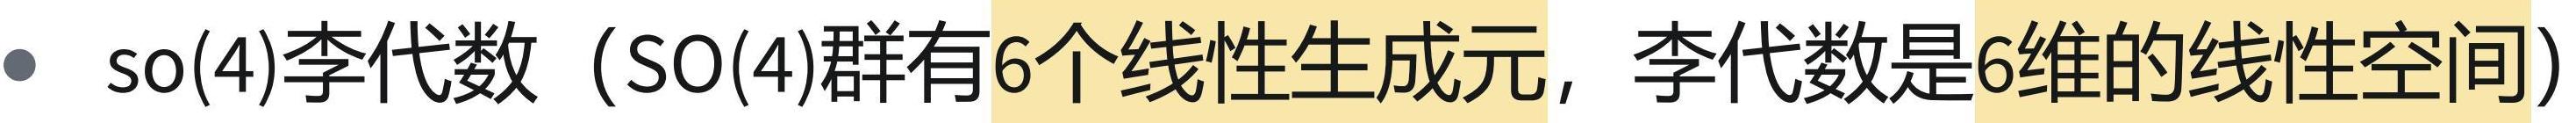
$\bullet$ $\mathrm{so}(4)$李代数（$\mathrm{SO}(4)$群有6个线性生成元，李代数是6维的线性空间）